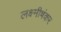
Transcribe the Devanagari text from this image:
लक्ष्मीषंकर